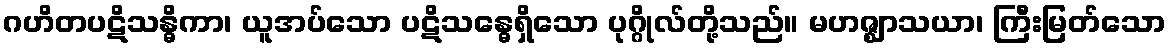
ဂဟိတပဋိသန္ဓိကာ၊ ယူအပ်သော ပဋိသန္ဓေရှိသော ပုဂ္ဂိုလ်တို့သည်။ မဟဇ္ဈာသယာ၊ ကြီးမြတ်သော